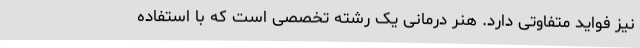
نیز فواید متفاوتی دارد. هنر درمانی یک رشته تخصصی است که با استفاده